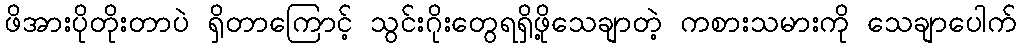
ဖိအားပိုတိုးတာပဲ ရှိတာကြောင့် သွင်းဂိုးတွေရရှိဖို့သေချာတဲ့ ကစားသမားကို သေချာပေါက်